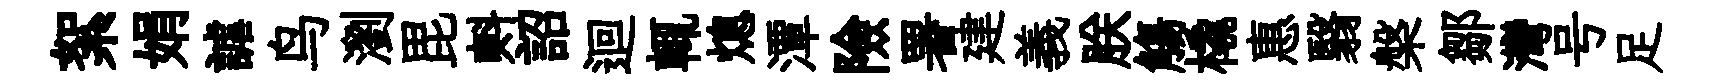
絮娟謔鸟瀏毘㪺詔迴輒熄潭險署建義朕觴橇惠翳槃鄒灣号足